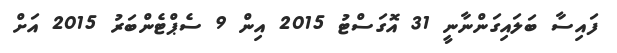
ފައިސާ ބަލައިގަންނާނީ 31 އޮގަސްޓު 2015 އިން 9 ސެޕްޓެންބަރު 2015 އަށް